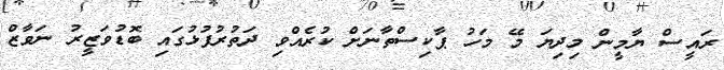
ރައީސް ޔާމީން މިިދިޔަ މޭ މަހު ޕާކިސްތާނަށް ކުރެއްވި ދަތުރުފުޅުގައި ބޮޑުވަޒީރު ނަވާޒް